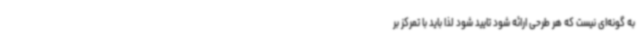
به گونه‌ای نیست که هر طرحی ارائه شود تایید شود لذا باید با تمرکز بر